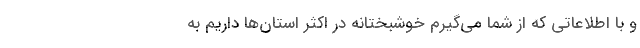
و با اطلاعاتی که از شما می‌گیرم خوشبختانه در اکثر استان‌ها داریم به